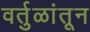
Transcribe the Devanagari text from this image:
वर्तुळांतून